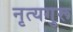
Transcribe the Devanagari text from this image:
नृत्यगुरू